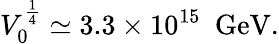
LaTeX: V_{0}^{\frac{1}{4}}\simeq 3.3\times 10^{15}\, \, \, \mathrm{GeV}.